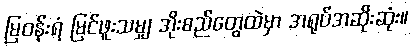
မြဝန်းရံ မြင်ဖူးသမျှ အိုးစည်တွေထဲမှာ အရုပ်အဆိုးဆုံး။